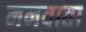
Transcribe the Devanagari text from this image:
मनवाता